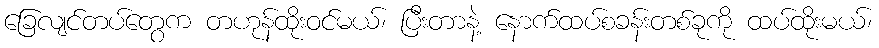
ခြေလျင်တပ်တွေက တဟုန်ထိုးဝင်မယ်၊ ပြီးတာနဲ့ နောက်ထပ်စခန်းတစ်ခုကို ထပ်ထိုးမယ်၊